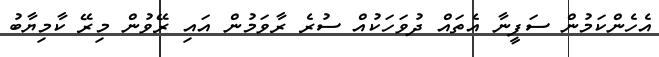
އެހެންކަމުން ސަފީނާ އެތައް ދުވަހަކުއް ސުރެ ރާވަމުން އައި ރޭވުން މިރޭ ކާމިޔާބު